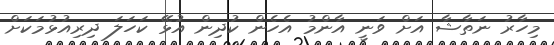
މިހާރު ނަތާޝާ އަށް ވަނީ އާންމު އެހެން ކުދިން އުޅޭ ކަހަލަ ދިރިއުޅުމަކަށް